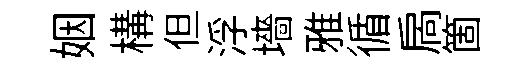
姻構但浮墻雅循扄箇